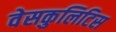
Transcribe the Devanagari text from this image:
वेसकुलिटिस